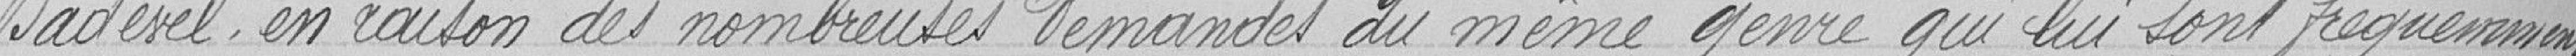
Badevel, en raison des nombreuses demandes du même genre qui lui sont fréquemment